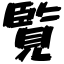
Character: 覧